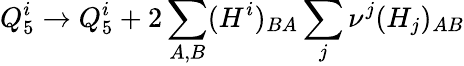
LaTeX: Q_{5}^{i}\to Q_{5}^{i}+2\sum_{A,B}(H^{i})_{BA}\sum_{j}\nu^{j}(H_{j})_{AB}